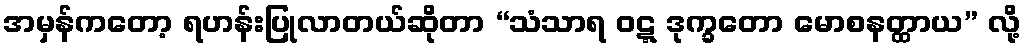
အမှန်ကတော့ ရဟန်းပြုလာတယ်ဆိုတာ “သံသာရ ဝဋ္ဋ ဒုက္ခတော မောစနတ္ထာယ” လို့